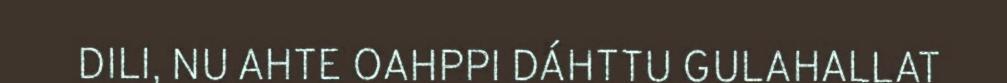
DILI, NU AHTE OAHPPI DÁHTTU GULAHALLAT